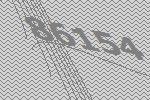
86154